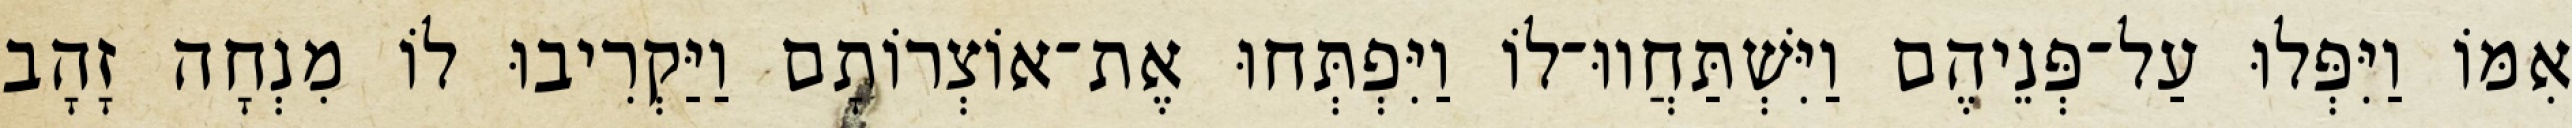
אִמּוֹ וַיִּפְּלוּ עַל־פְּנֵיהֶם וַיִּשְׁתַּחֲווּ־לוֹ וַיִּפְתְּחוּ אֶת־אוֹצְרוֹתָם וַיַּקְרִיבוּ לוֹ מִנְחָה זָהָב